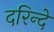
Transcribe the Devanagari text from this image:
दरिन्दे